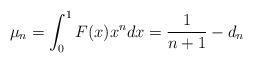
LaTeX: \begin{align*} \mu_n=\int_0^1 F(x)x^n dx=\frac{1}{n+1}-d_n\end{align*}